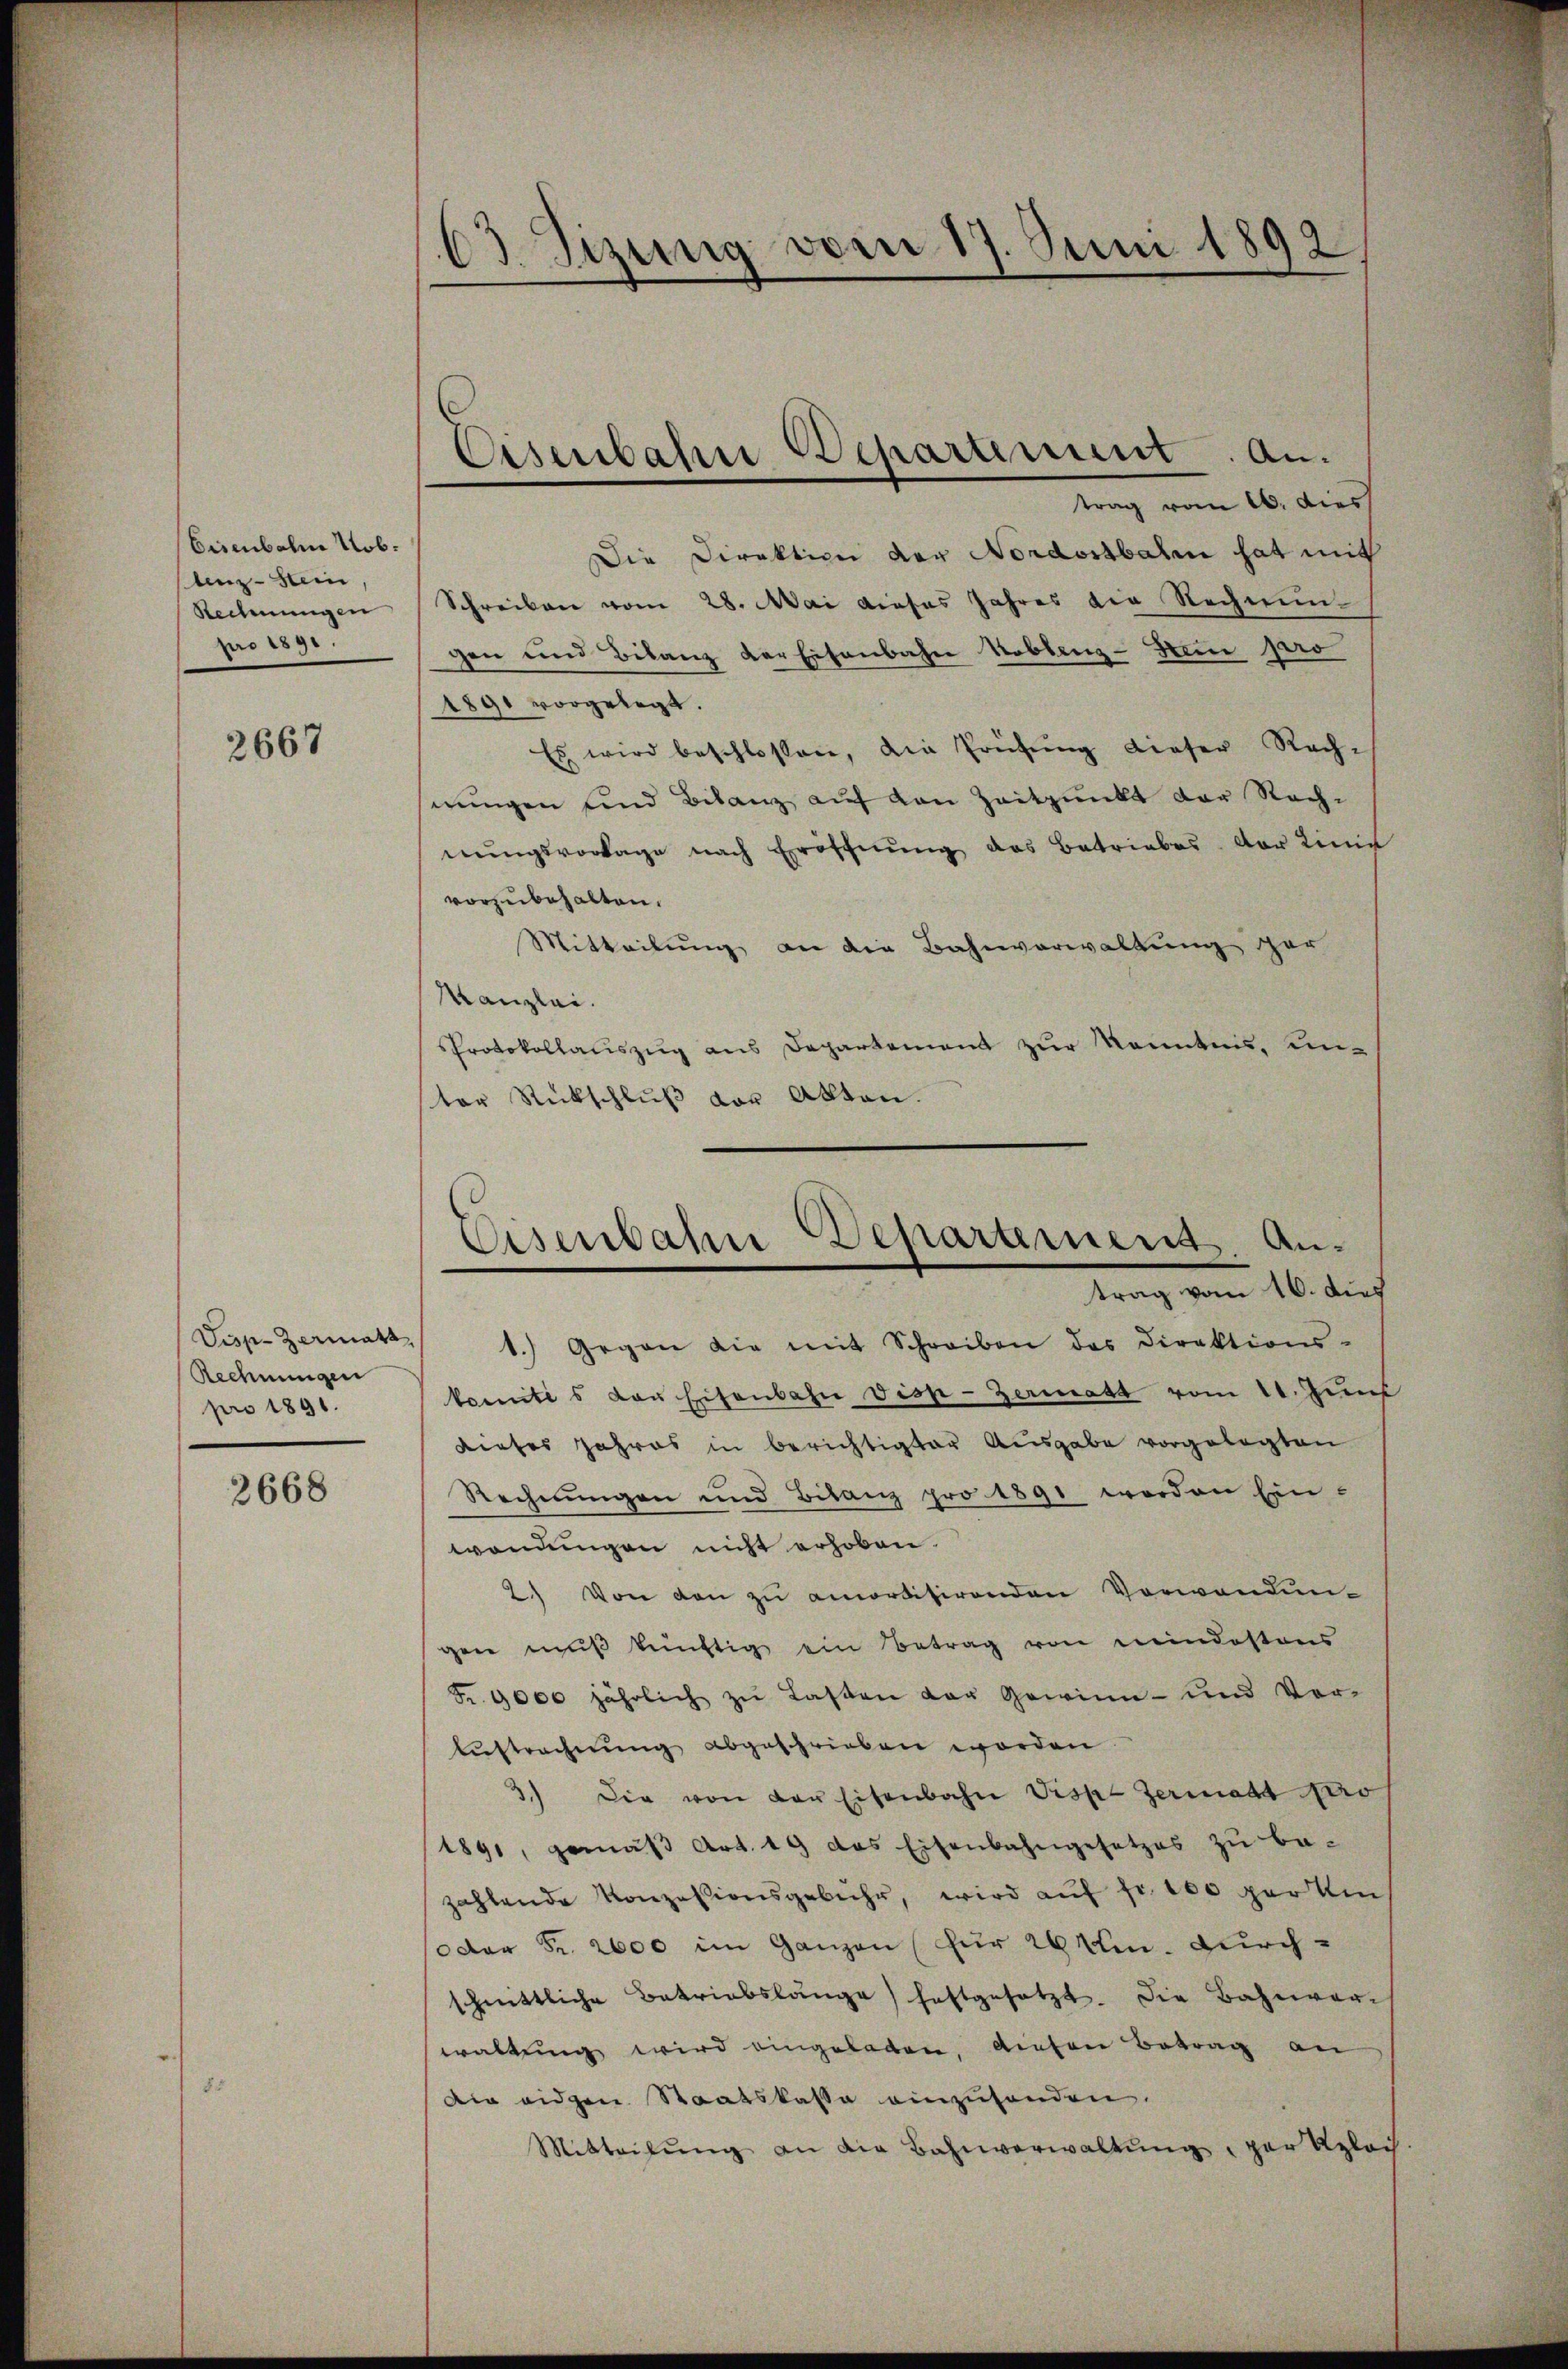
Eisenbahn Nob.
lenz-Stein
Rechnungen
pro 1891.

2667

Visp-Zermatt,
Rechnungen
pro 1891.

2668

63. Sizung vom 17. Juni 1892

Eisenbahne Departement. An-

trag vom 10. dies
Die Direktion der Nordostbahn hat mit
Schreiben vom 28. Mai dieses Jahres die Rechnung
gen und Bilanz der Eisenbahn Noblenz-Sein pro
1891 vorgelegt.
Es wird beschlossen, die Prüfŭng dieser Rech-
nungen und Bilanz auf den Zeitpunkt der Rach-
nŭngsvorlage nach Eröffnŭng das Betriebes der Linie
vorzubehalten.
Mitteilung an die Bahnverwaltung er
Kanzlei.
Protokollauszug aus Departement zur Kenntnis, unter Rückschluß vor Akten.
trag vom 16. dies
1.) Gegen die mit Schreiben das Direktions-
komtes vor Eisenbahn disp-Zermatt vom 11. Zunf
dieses Jahres in berichtigter Ausgabe vorgelegten
Rechnungen und Bitanz pro 1891 werden Ein-
wendungen nicht erhoben.
2.) Von den zŭ amortisirenden Vorwanden-
gen muß künftig ein Betrag von meindestens
Fr. 9000 jährlich zu Lasten der Gewinn- und Ver-
Aŭstrechnŭng abgeschrieben worden.
3.) Die von der Eisenbahn Visp. Zerradt Arro
1891, gemäβ Art. 19 das Eisenbahngesetzes zu be-
zahlende Konzesionsgebühr, wird aŭf fr. 100 per ein
(oder Fr. 2000 im Ganzen für 20 ten durch-
schnittliche Betriebslänge festgesetzt. Die Bahnver-
waltung wird eingeladen, diesen Betrag an
Die eidgen. Staatskasse einzuhanden.
Mitteilŭng an die Bahnverwaltung, par Kzloch

Eisenbahne Departement. An¬